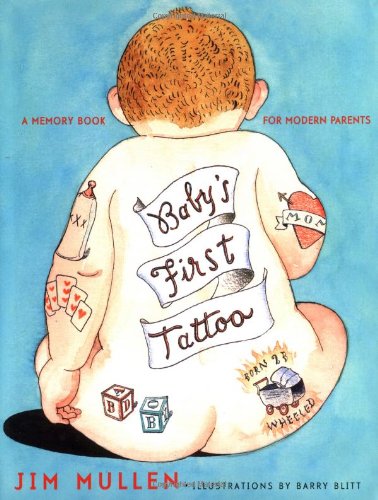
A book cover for Baby's First Tattoo; Jim Mullen; Humor & Entertainment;